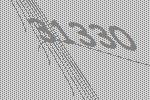
31330